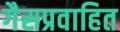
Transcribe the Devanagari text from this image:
गैसप्रवाहित